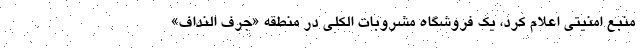
منبع امنیتی اعلام کرد، یک فروشگاه مشروبات الکلی در منطقه «جرف النداف»